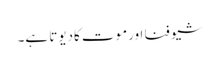
شیو فنا اورموت کادیوتا ہے۔